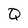
Character: Q